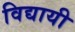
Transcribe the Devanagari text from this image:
विद्यायी